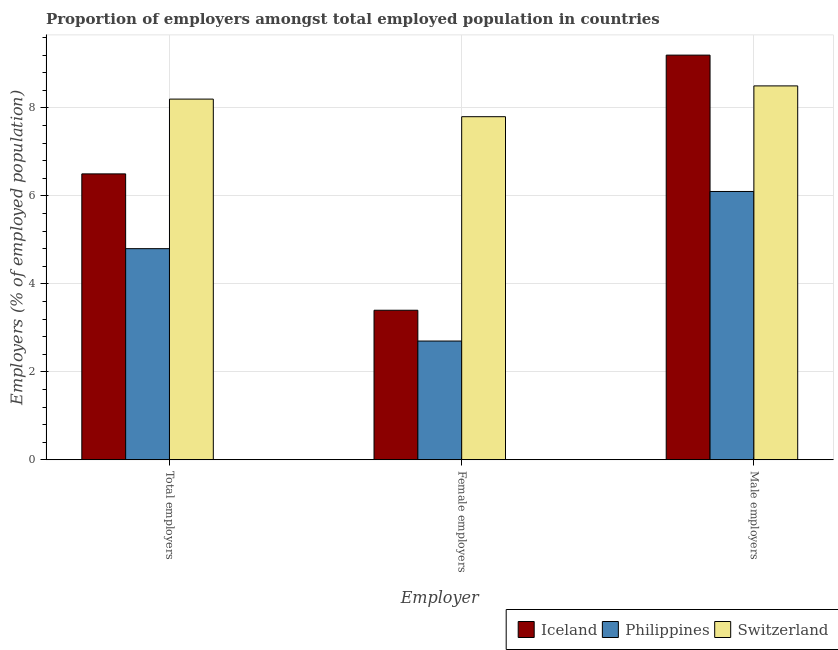
| Employer | Iceland | Philippines | Switzerland |
 | --- | --- | --- | --- |
 | Total employers | 6.5 | 4.8 | 8.2 |
 | Female employers | 3.4 | 2.7 | 7.8 |
 | Male employers | 9.2 | 6.1 | 8.5 |